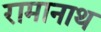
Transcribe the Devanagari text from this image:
रामानाथ